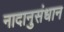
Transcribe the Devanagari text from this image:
नादानुसंधान